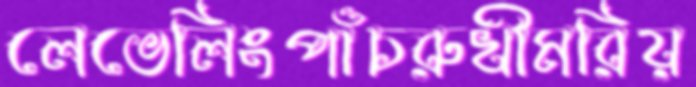
লেভেলিংপাঁচরুখীমরিয়